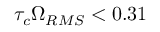
\tau _ { c } \Omega _ { R M S } < 0 . 3 1